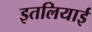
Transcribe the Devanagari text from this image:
इतलियाई